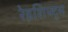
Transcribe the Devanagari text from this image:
रेडशिफ्ट्स